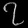
Digit: ၇